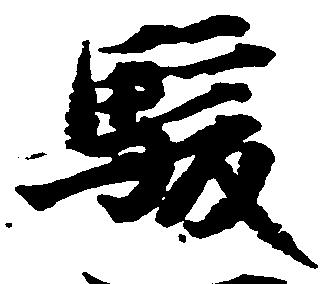
駿